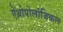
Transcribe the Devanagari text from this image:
ऐंथ्रोपोलॉजिकल